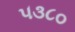
૫૩૮૦